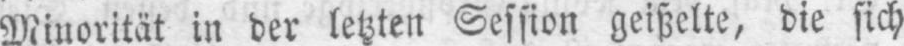
Minorität in der letzten Session geißelte, die sich